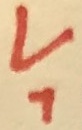
Text: V1